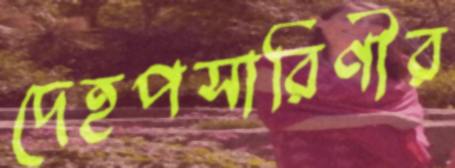
দেহপসারিণীর